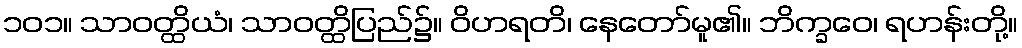
၁၀၁။ သာဝတ္ထိယံ၊ သာဝတ္ထိပြည်၌။ ဝိဟရတိ၊ နေတော်မူ၏။ ဘိက္ခဝေ၊ ရဟန်းတို့။